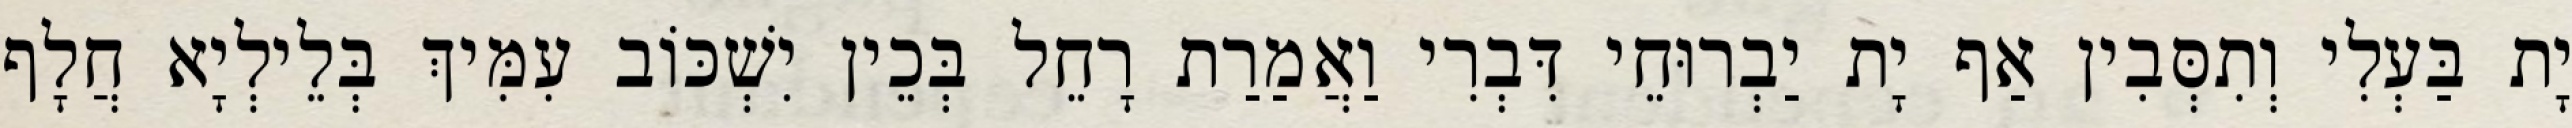
יָת בַּעְלִי וְתִסְּבִין אַף יָת יַבְרוּחֵי דִּבְרִי וַאֲמַרַת רָחֵל בְּכֵין יִשְׁכּוֹב עִמִּיךְ בְּלֵילְיָא חֲלָף